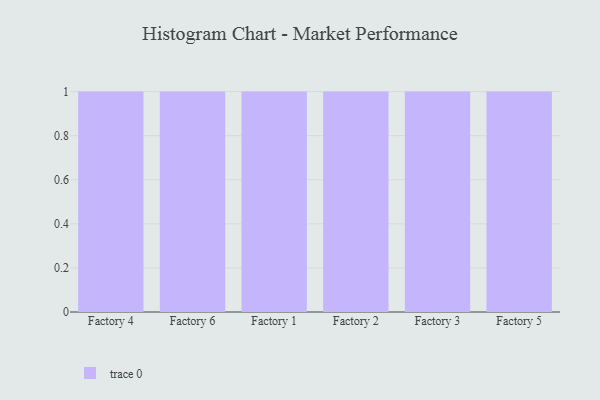
{"axis": {"x": "Factory", "y": "Temperature (°C)"}, "legend": [""], "data": [{"x": "Factory 4", "y": 59, "type": ""}, {"x": "Factory 6", "y": 35, "type": ""}, {"x": "Factory 1", "y": 1, "type": ""}, {"x": "Factory 2", "y": 31, "type": ""}, {"x": "Factory 3", "y": 15, "type": ""}, {"x": "Factory 5", "y": 77, "type": ""}]}